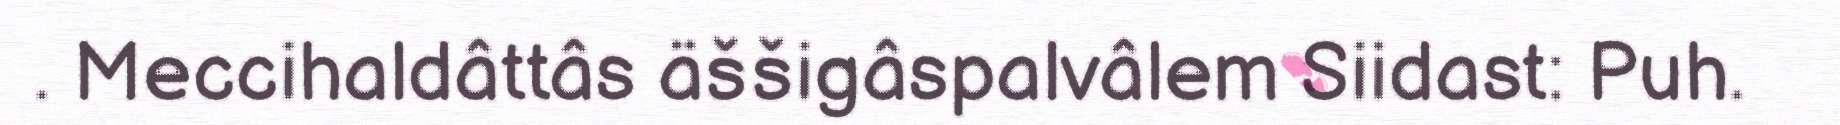
. Meccihaldâttâs äššigâspalvâlem Siidast: Puh.